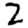
Digit: 2